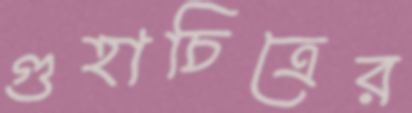
গুহাচিত্রের